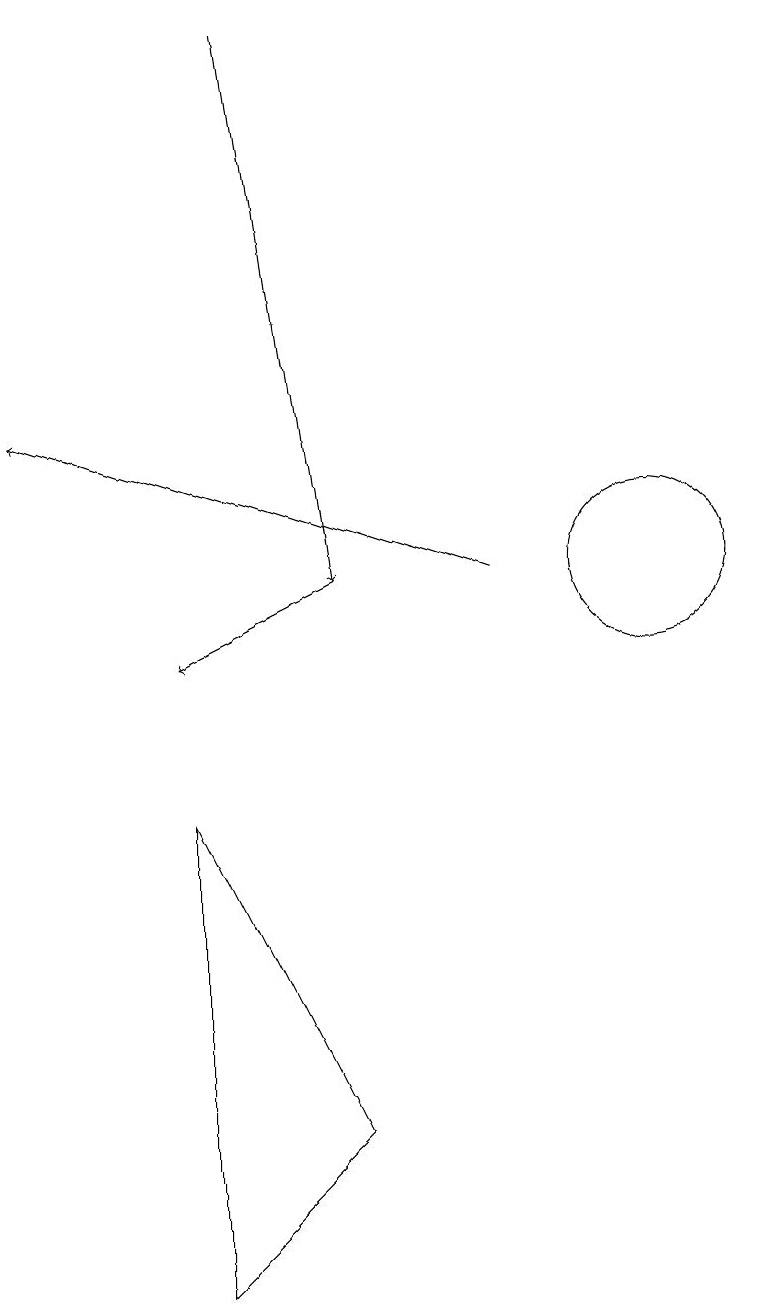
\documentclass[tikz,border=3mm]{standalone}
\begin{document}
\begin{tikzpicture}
\draw[->] (6,18) -- (7,11);
\draw (11,11) circle (1);
\draw (5,2) -- (7,4) -- (5,8) -- cycle;
\draw[->] (7,11) -- (5,10);
\draw[->] (9,11) -- (3,13);
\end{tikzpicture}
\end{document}